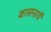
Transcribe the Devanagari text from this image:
वासनायें